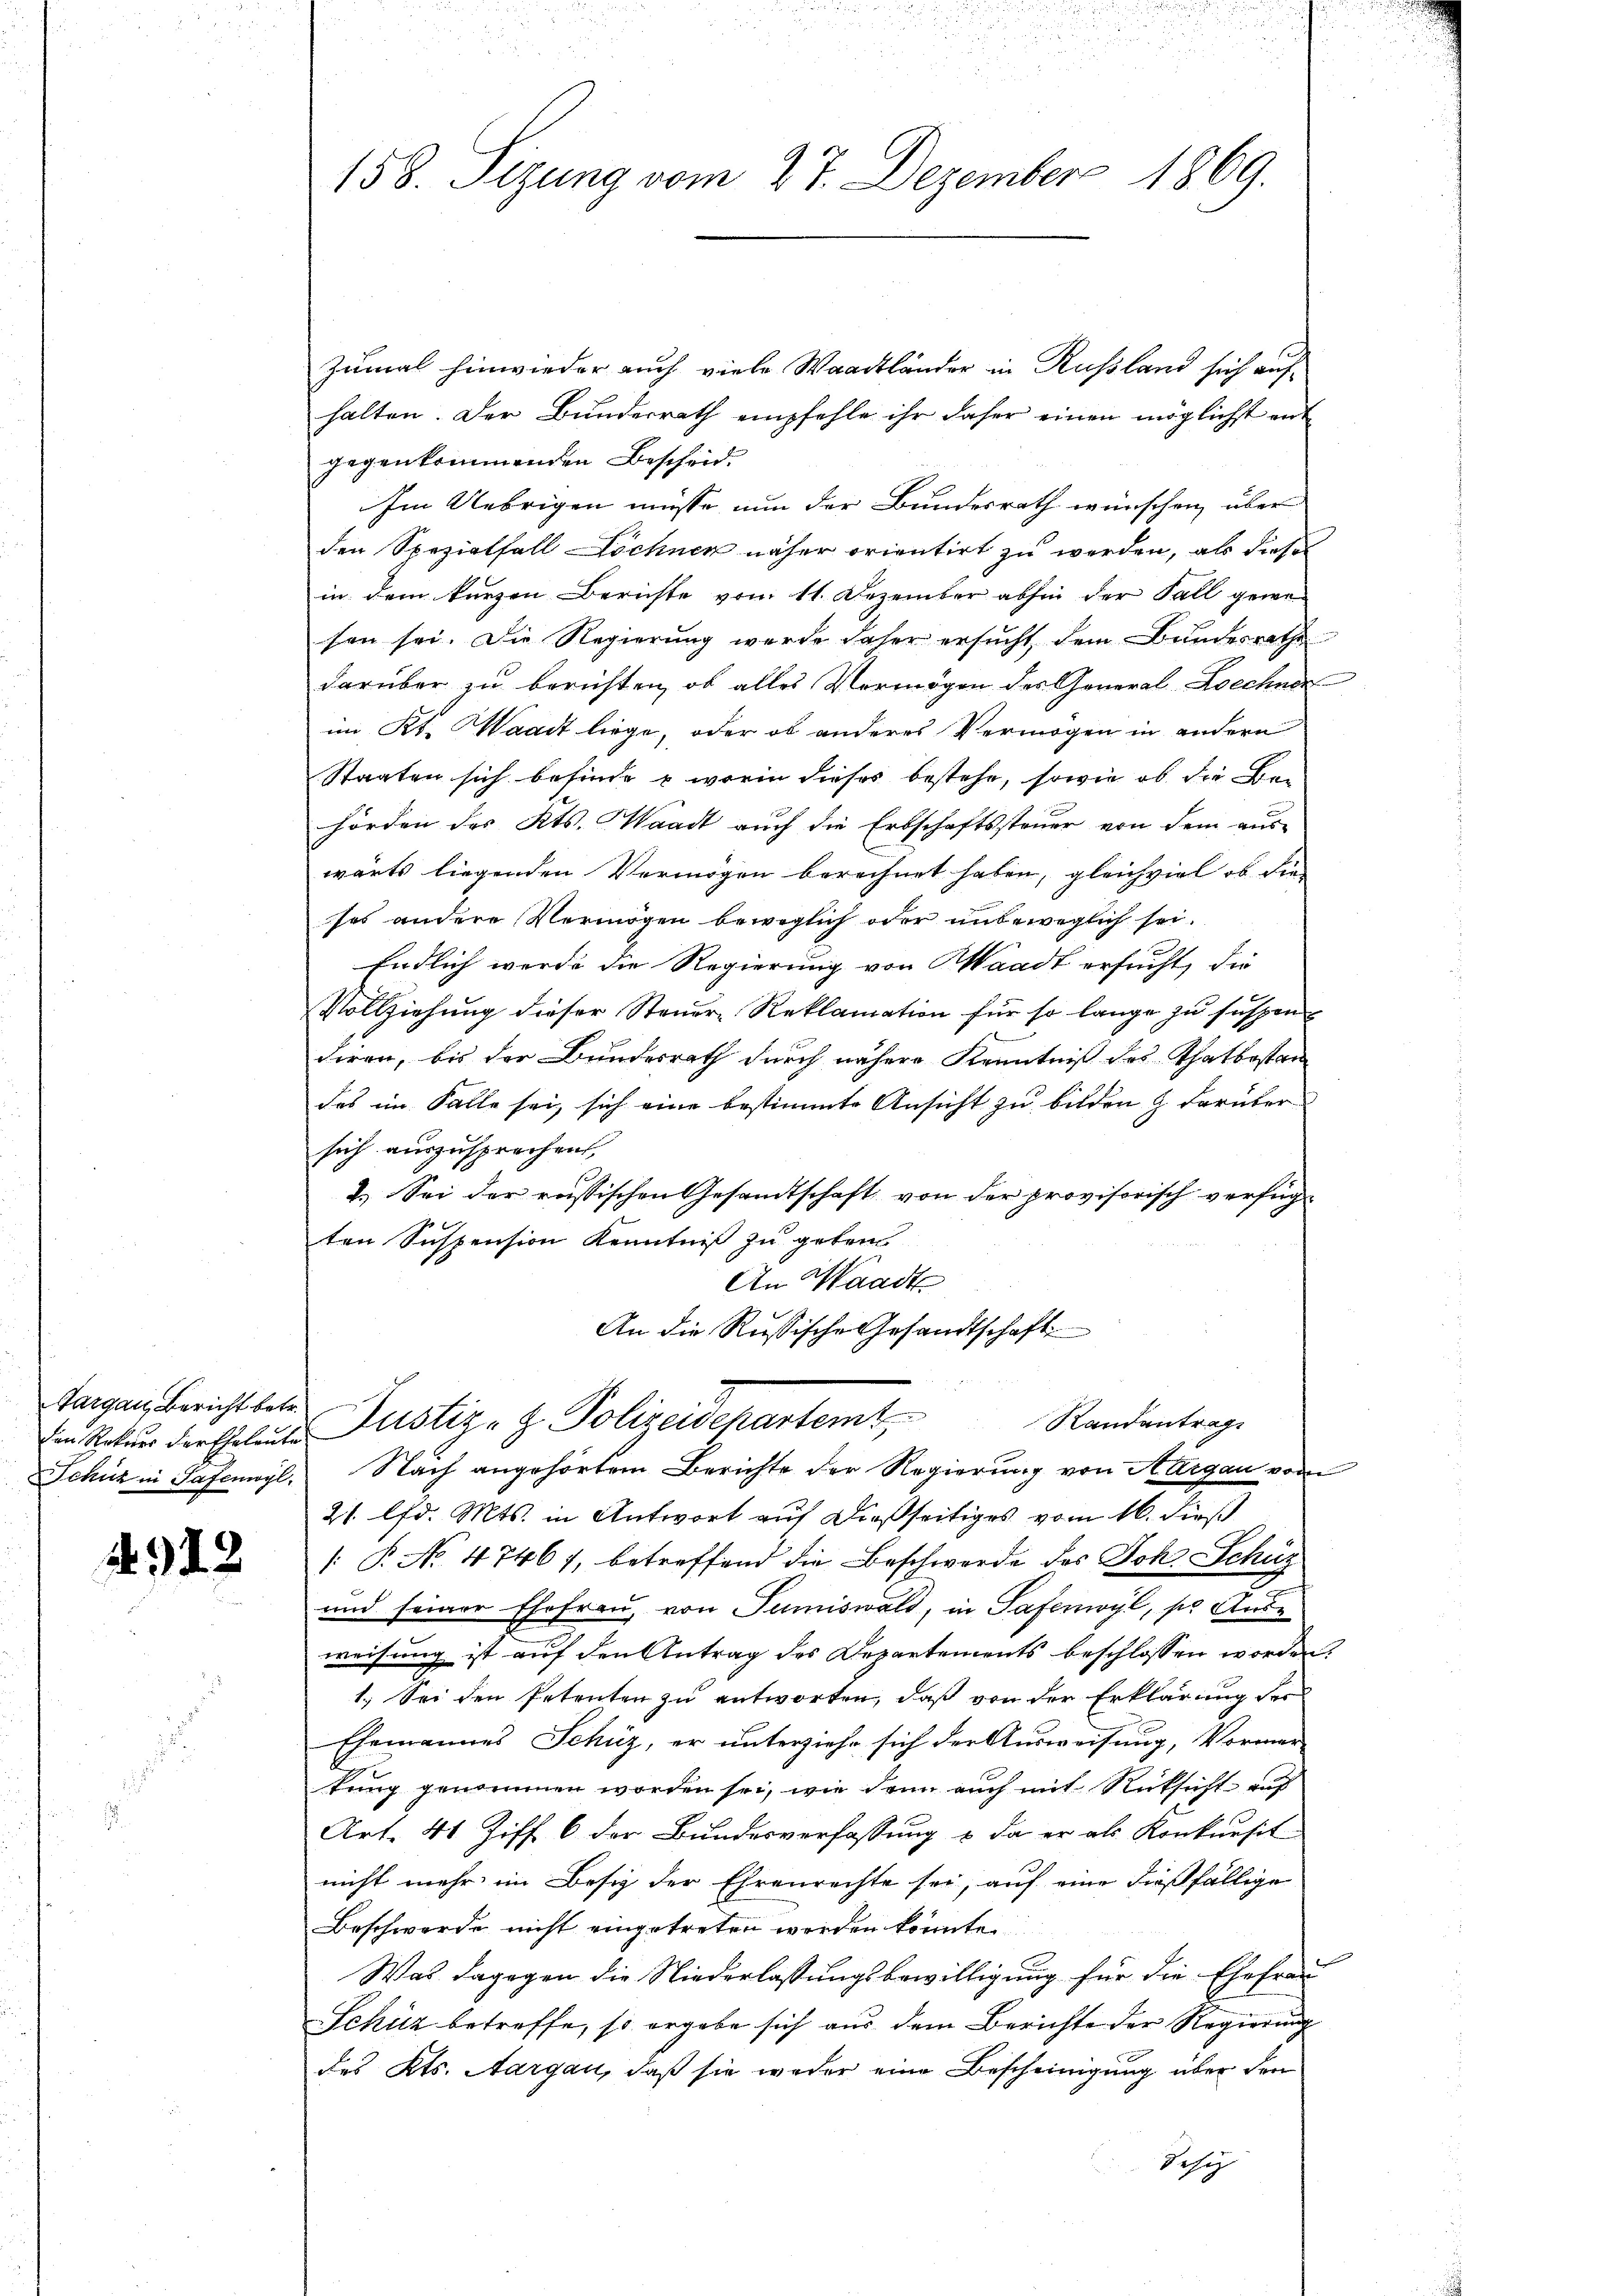
Targau, Bericht betr.

912

158. Sizung vom 27. Dezember 1869.

zumal hinwieder auch viele Waadtländer in Rußland sich aufhalten. Der Bundesrath empfehle ihr daher einen möglichst ent
gegenkommenden Bescheid.
Im Uebrigen müsse nun der Bundesrath wünschen, über
den Spezialfall Dochnen näher orientirt zu werden, als dieses
in dem kurzen Berichte vom 11. Dezember abhin der Fall gewe-
sen sei. Die Regierung wurde daher ersucht, dem Bundesrathe
darüber zu berichten, ob alles Vermögen des General Zoechnen
im Kt. Waadt liege, oder ob anderes Vermögen in andern
Staaten sich befinde & worin dieses bestehe, sowie ob die Be-
hörden des Kts. Waadt auch die Erbschaftssteuer von dem aus-
wärts liegenden Vermögen berechnet haben, gleichviel ob die
ses andere Vermögen beweglich oder unbeweglich sei.
Endlich werde die Regierung von Waadt ersucht, die
Vollziehung dieser Steuere Reklamation für so lange zu suspen
diren, bis der Bundesrath durch nähere Kenntniß des Thatbestan
das im Falle sei, sich eine bestimmte Ansicht zu bilden & darüber
sich auszusprechen,
2.) Sei der russischen Gesandtschaft von der provisorisch verfüg-
ten Suspension Kenntniß zu geben
An Waadt
An die Russische Gesandtschaft
Randantrag
Ein Rekurs der Ehe Justiz- & Polizeidepartemt,
Schüz in Safenwyl, Nach angehörtem Berichte der Regierung von Aargau vor
21 lfd. Mts. in Antwort auf dießseitiges vom 16. dieß
[: P. No. 47467, betreffend die Beschwerde des Joh. Schu¬
und seiner Ehefrau, von Tumiswald, in Safenwyl, so Ande
weisung ist auf den Antrag des Departements beschlossen worden
1.) Sei den Petenten zu antworten, daß von der Erklärung der
Ehemannes Schüz, er unterziehe sich der Ausweisung, Vormer-
tung genommen worden sei, wie dann auch mit Rücksicht auf
Art. 41 Ziff. 6 der Bundesverfassung & da er als Konkursit
nicht mehr im Besiz der Ehrenrechte sei, auf eine dießfällige
Beschwerde nicht eingetreten werden könnte
Was dagegen die Niederlassungsbewilligung für die Ehefrau
Schüz betreffe, so ergabe sich aus dem Berichte der Regierung
des Kts. Aargau, daß sie weder eine Bescheinigung über den
Jesey